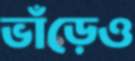
ভাঁড়েও